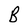
Character: B